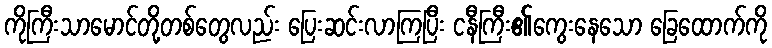
ကိုကြီးသာမောင်တို့တစ်တွေလည်း ပြေးဆင်းလာကြပြီး ငနီကြီး၏ကွေးနေသော ခြေထောက်ကို